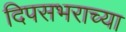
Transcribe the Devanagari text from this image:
दिपसभराच्या